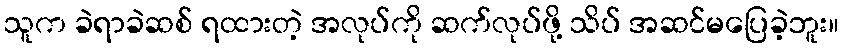
သူက ခဲရာခဲဆစ် ရထားတဲ့ အလုပ်ကို ဆက်လုပ်ဖို့ သိပ် အဆင်မပြေခဲ့ဘူး။